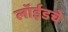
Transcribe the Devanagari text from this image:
लॉईडचे